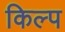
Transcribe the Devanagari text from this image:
किल्प